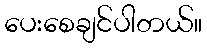
ပေးစေချင်ပါတယ်။